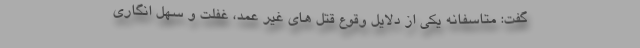
گفت: متاسفانه یکی از دلایل وقوع قتل های غیر عمد، غفلت و سهل انگاری